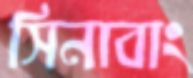
সিনাবাং